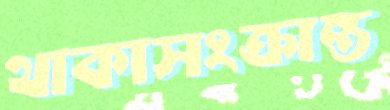
থাকাসংক্রান্ত